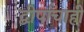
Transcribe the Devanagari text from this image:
द्वीपांचाही